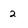
Character: 2